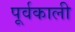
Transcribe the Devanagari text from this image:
पूर्वकाली